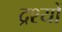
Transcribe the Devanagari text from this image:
द्रश्‍यों